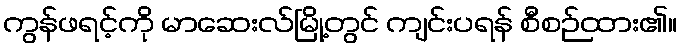
ကွန်ဖရင့်ကို မာဆေးလ်မြို့တွင် ကျင်းပရန် စီစဉ်ထား၏။